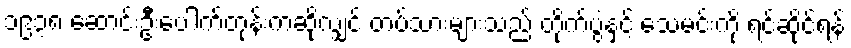
၁၉၃၈ ဆောင်းဦးပေါက်တုန်းကဆိုလျှင် တပ်သားများသည် တိုက်ပွဲနှင့် သေမင်းကို ရင်ဆိုင်ရန်